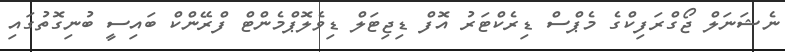
ނެޝަނަލް ޖޯގްރަފިކްގެ މެޕްސް ޑިރެކްޓަރު އޮފް ޑިޖިޓަލް ޑިވެލޮޕްމެންޓް ފްރޭންކް ބައިސީ ބުނިގޮތުގައި